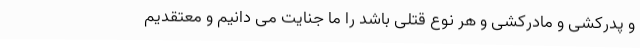
و پدرکشی و مادرکشی و هر نوع قتلی باشد را ما جنایت می دانیم و معتقدیم